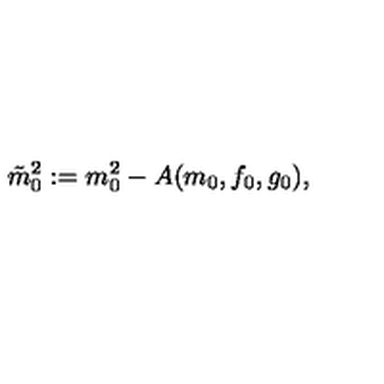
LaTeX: \tilde { m } _ { 0 } ^ { 2 } : = m _ { 0 } ^ { 2 } - A ( m _ { 0 } , f _ { 0 } , g _ { 0 } ) ,